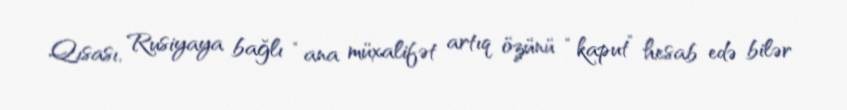
Qısası, Rusiyaya bağlı “ana müxalifət artıq özünü “kaput” hesab edə bilər